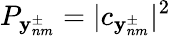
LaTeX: P_{\mathbf{y}_{nm}^{\pm}}=|c_{\mathbf{y}_{nm}^{\pm}}|^{2}